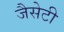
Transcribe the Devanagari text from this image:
जैसेटी